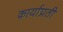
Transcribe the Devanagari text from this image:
कार्याप्रती